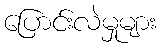
ပြောင်းလဲမှုများ